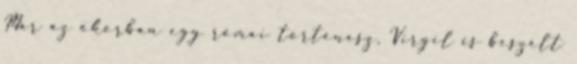
Már az ókorban egy római történész, Virgil is beszélt